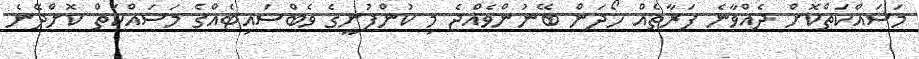
މަސައްކަތްކޮށް ދެއްވާނެ ފަރާތެއް ހޯދަން ބޭނުންވެއްޖެ މި ކުންފުނީގެ ވެބްސައިޓެއްގެ މަސައްކަތް ކޮށްދޭނެ